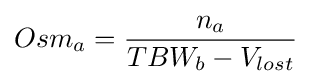
Osm_{a}={\frac {n_{a}}{TBW_{b}-V_{lost}}}